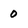
Character: 0